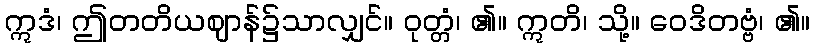
ဣဒံ၊ ဤတတိယဈာန်၌သာလျှင်။ ဝုတ္တံ၊ ၏။ ဣတိ၊ သို့။ ဝေဒိတဗ္ဗံ၊ ၏။